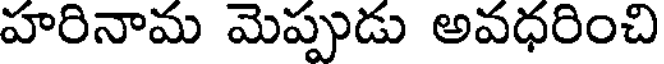
హరినామ మెప్పుడు అవధరించి